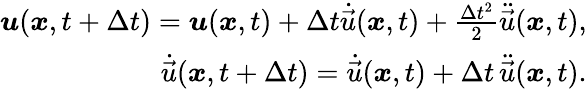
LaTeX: \begin{array}{r}{\boldsymbol{u}(\boldsymbol{x},t+\Delta{t})=\boldsymbol{u}(\boldsymbol{x},t)+\Delta{t}\dot{\vec{u}}(\boldsymbol{x},t)+\frac{\Delta{t}^{2}}{2}\ddot{\vec{u}}(\boldsymbol{x},t),}\\ {\dot{\vec{u}}(\boldsymbol{x},t+\Delta{t})=\dot{\vec{u}}(\boldsymbol{x},t)+\Delta{t}\, \ddot{\vec{u}}(\boldsymbol{x},t).}\end{array}